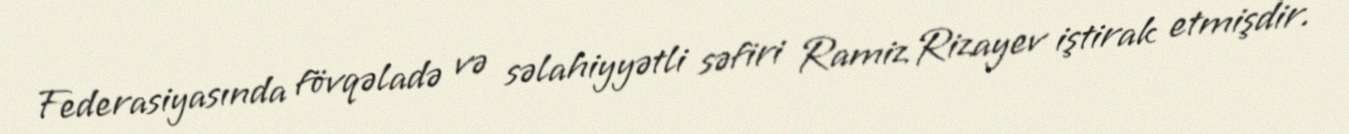
Federasiyasında fövqəladə və səlahiyyətli səfiri Ramiz Rizayev iştirak etmişdir.